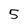
Character: 5